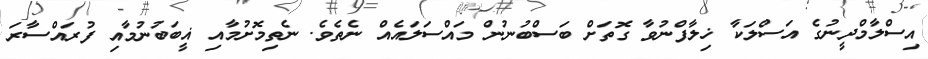
އިސްލާމްދީނުގެ އަސްލަކާ ޚިލާފްނުވާ ގޮތަށް ބަސްބުނުން މައްސަލައެއް ނެތެވެ. ނެތިމޮށުމާއި ޣީބަބުނުމާއި ފުރައްސާރަ